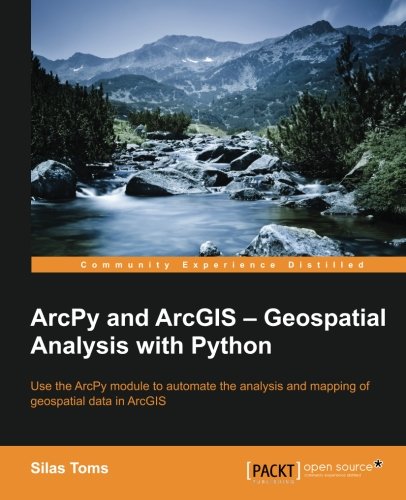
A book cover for ArcPy and ArcGIS: Geospatial Analysis with Python; Silas Toms; Computers & Technology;